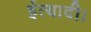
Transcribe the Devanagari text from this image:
ईत्यादी।